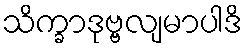
သိက္ခာဒုဗ္ဗလျမာပါဒိ